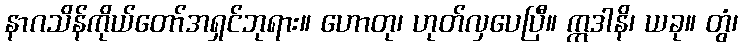
နာဂသိန်ကိုယ်တော်အရှင်ဘုရား။ ဟောတု၊ ဟုတ်လှပေပြီ။ ဣဒါနိ၊ ယခု။ တွံ၊